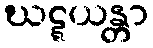
ဃဋ္ဋယန္တာ